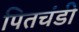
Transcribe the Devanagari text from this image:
पितचंडी